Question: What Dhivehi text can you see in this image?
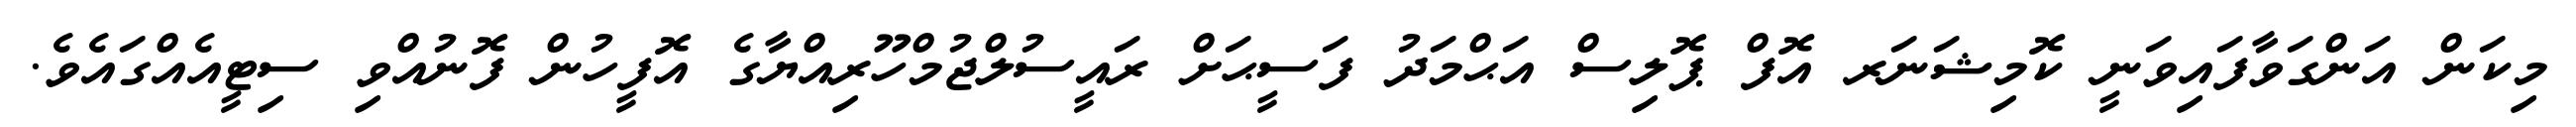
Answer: މިކަން އަންގަވާފައިވަނީ ކޮމިޝަނަރ އޮފް ޕޮލިސް އަޙްމަދު ފަސީޙަށް ރައީސުލްޖުމްހޫރިއްޔާގެ އޮފީހުން ފޮނުއްވި ސިޓީއެއްގައެވެ.